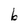
Character: b